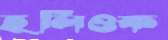
হলিওক